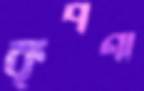
কৃপণা